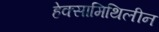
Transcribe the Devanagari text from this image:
हेक्सामिथिलीन